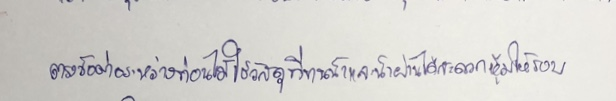
ตรงข้อต่อระหว่างท่อนใช้วัสดุที่ทนน้ำและน้ำผ่านได้สะดวกหุ้มให้รอบ